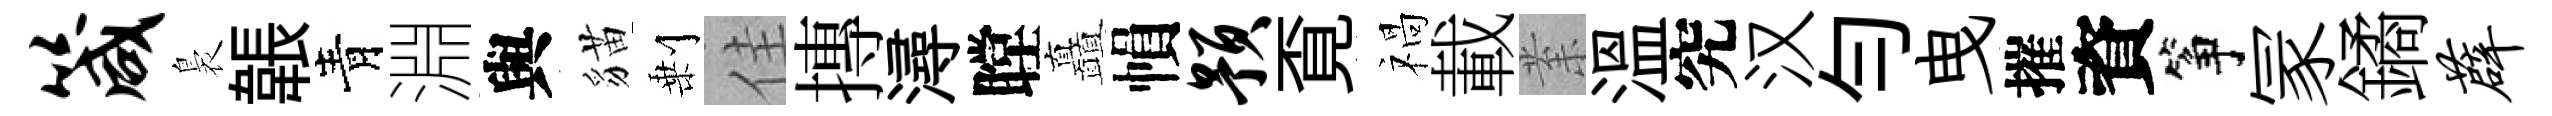
箴裊韔青淵與貓剰佳摶潯瞠矗𢄙预覔禍載𭪙溫究汉匀曳摧資筝冡鐍薜